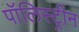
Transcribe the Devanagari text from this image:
पॉलिस्ट्रीन